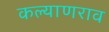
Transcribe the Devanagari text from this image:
कल्याणराव